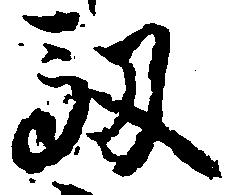
馭